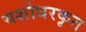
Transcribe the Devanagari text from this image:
यशोधरकृत